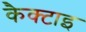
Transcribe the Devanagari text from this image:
कैक्टाइ